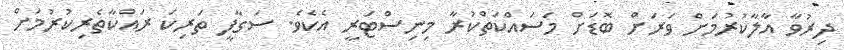
ދިރުވާ އާލާކުރުމަށް ވަރަށް ބޮޑަށް މަސައްކަތްކުރާ މިނިސްޓަރީ އެކެވެ. ސަގާފީ ތަރިކަ ރައްކާތެރިކުރުމަށް